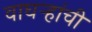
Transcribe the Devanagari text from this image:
वाघऱ्‍हांची